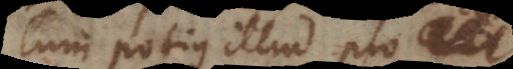
Cum potius illud pro